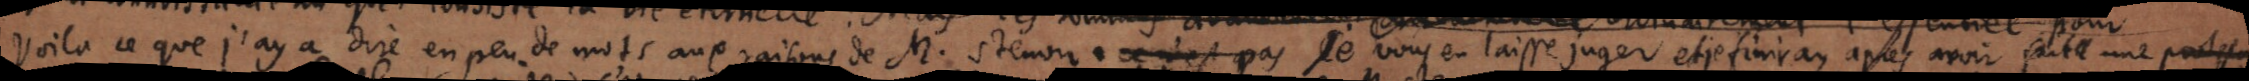
Voilà ce que j’ay a dire en peu de mots aux raisons de M. Stenon. ce n’est pas Je vous en laisse juger et je finiray apres avoir fait une protes